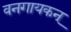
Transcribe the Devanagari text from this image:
वनगायकन्